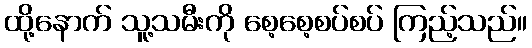
ထို့နောက် သူ့သမီးကို စေ့စေ့စပ်စပ် ကြည့်သည်။